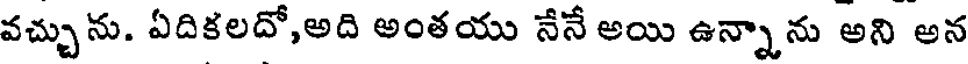
వచ్చును. ఏదికలదో,అది అంతయు నేనే అయి ఉన్నాను అని అన